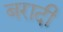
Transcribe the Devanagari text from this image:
बरादी